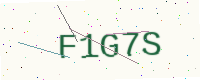
Text: F1G7S